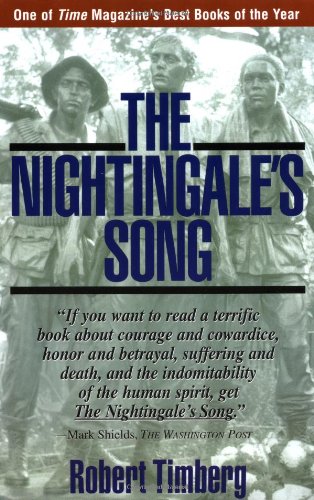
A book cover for The Nightingale's Song; Robert Timberg; History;